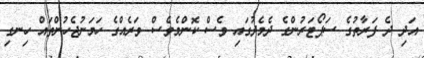
އަދި ދެ ފަރާތުގެ ސަޕޯޓަރުންގެ ދެމެދުގައި ވެސް ކޮންމެވެސް ވަރެއްގެ ހަމަނުޖެހުންތައް ހިނގި